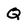
Character: Q